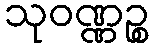
သုဝဏ္ဏဉ္စ